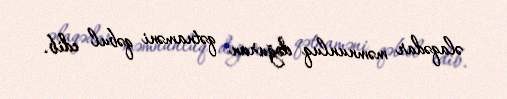
əlaqədar məmnunluq doğuran qətnaməni qəbul edib.